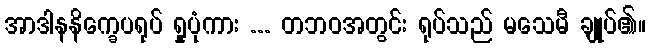
အာဒါနနိက္ခေပရုပ် ရှုပုံကား ... တဘဝအတွင်း ရုပ်သည် မသေမီ ချုပ်၏။